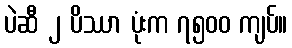
ပဲဆီ ၂ ပိဿာ ပုံးက ၇၅၀၀ ကျပ်။